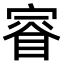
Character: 𫳤